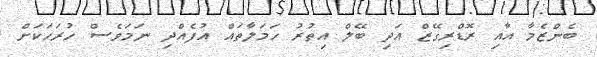
ބެންޒެމާ އާއި ރޮޑްރިގޭޒް އަދި ބޭލް އިތުރު ހަމަލާތައް އުފެއްދި ނަމަވެސް ހުރަހަކަށް